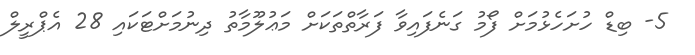
5- ބިޑް ހުށަހެޅުމަށް ފޯމު ގަނެފައިވާ ފަރާތްތަކަށް މަޢުލޫމާތު ދިނުމަށްޓަކައި 28 އެޕްރީލް